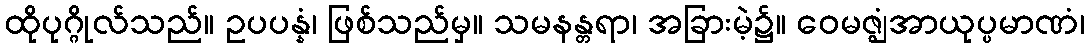
ထိုပုဂ္ဂိုလ်သည်။ ဥပပန္နံ၊ ဖြစ်သည်မှ။ သမနန္တရာ၊ အခြားမဲ့၌။ ဝေမဇ္ဈံအာယုပ္ပမာဏံ၊